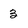
Character: 3